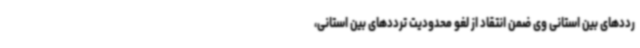
رددهای بین استانی وی ضمن انتقاد از لغو محدودیت ترددهای بین استانی،